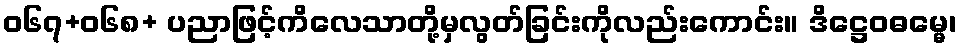
ဝ၆၇+၀၆၈+ ပညာဖြင့်ကိလေသာတို့မှလွတ်ခြင်းကိုလည်းကောင်း။ ဒိဋ္ဌေဝဓမ္မေ၊